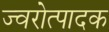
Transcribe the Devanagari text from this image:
ज्वरोत्पादक